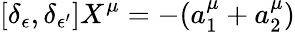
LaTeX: [\delta_{\epsilon},\delta_{\epsilon^{\prime}}]X^{\mu}=-(a_{1}^{\mu}+a_{2}^{\mu})